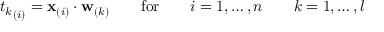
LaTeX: { t _ { k } } _ { ( i ) } = \mathbf { x } _ { ( i ) } \cdot \mathbf { w } _ { ( k ) } \qquad \mathrm { f o r } \qquad i = 1 , \dots , n \qquad k = 1 , \dots , l